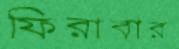
ফিরাবার